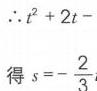
\begin{align*}
&\therefore t^{2}+2t\\
&得\ s = -\frac{2}{3}
\end{align*}